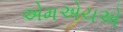
એમએચએ